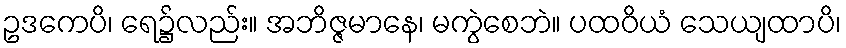
ဥဒကေပိ၊ ရေ၌လည်း။ အဘိဇ္ဇမာနေ၊ မကွဲစေဘဲ။ ပထဝိယံ သေယျထာပိ၊